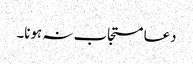
دعا مستجاب نہ ہونا۔